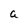
Character: a